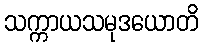
သက္ကာယသမုဒယောတိ